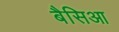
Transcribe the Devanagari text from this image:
बैसिआ